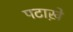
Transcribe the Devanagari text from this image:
पटाख़े